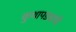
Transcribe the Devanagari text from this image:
कुथापड्याची